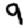
Digit: 9